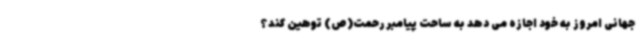
جهانی امروز به خود اجازه می دهد به ساحت پیامبر رحمت(ص) توهین کند؟